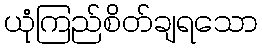
ယုံကြည်စိတ်ချရသော